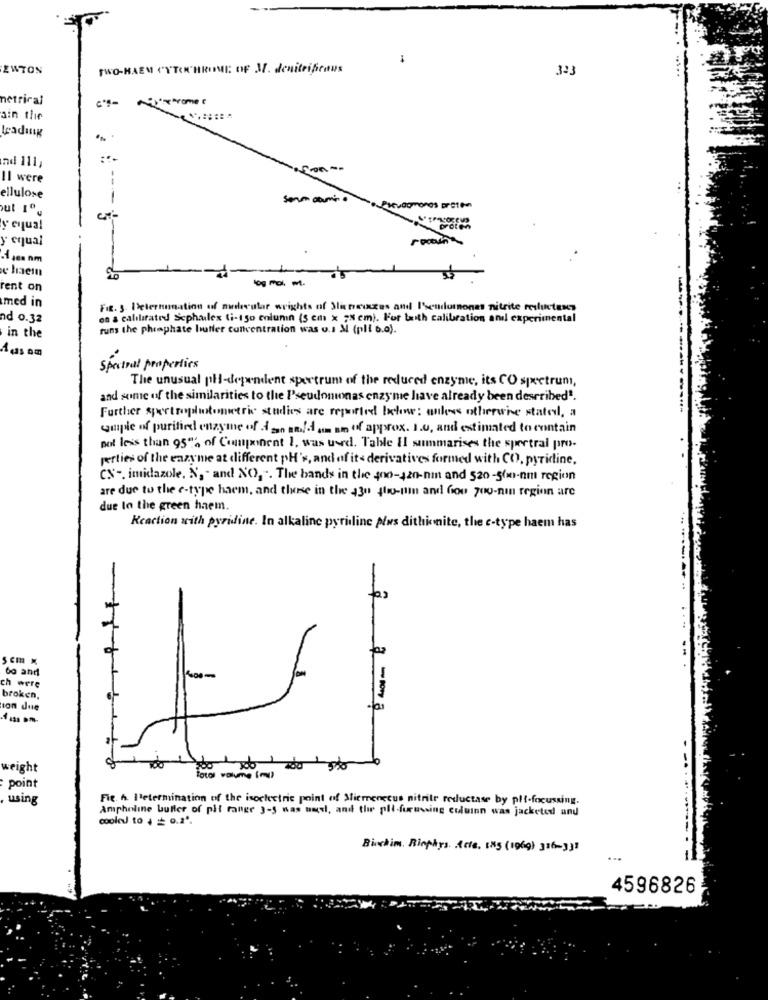
ZWTON
TWO-HAEM CYTEN HRUIME OF 3. denitrifrans
323
netrical
Chrome
ain the
Leading
nd 111,
Il were
--
ellulose
som damin.
ut 1º
y equal
y equal
Asen nm
e haein
ent on
med in
F.r. 3. Determination of audoutor wrights of Japanczas and I'sendomonas nitrite reductase
ad 0.32
on a calibrated Scphalex (i-150 column (5 cm x 28 cm). For taith calibration and experimental
runs the pheaphate buffer concentration was o.1 3 (pll 6.0).
in the
Spectral properties
The unusual phi-dependent spectrum of the reduced enzyme, its CO spectrum,
and some of the similarities to the Pseudomonas enzyme have already been described.
Further spectrophotometric studies are reported below: unless otherwise stated, a
emple of purified enzyme of d zo and am an off approx. 1.0, and estimated to contain
pol less than 95"2 of Component 1. was used. Table Il summarises the spectral pro-
perties of the enzyme at different pH's, and of its derivatives formed with CO, pyridine,
CS' -. imidazole, N, and NO), . The hands in the 400-420-nm and 520-56m-am region
are due to the e-type haem, and those in the $30 $ho-pin and Gou 700-nin region are
due In the green haem.
Reaction with pyridine. In alkaline pyridline plus dithionite, the e-type haem has
5 cm x
60 and
ch were
broken,
con due
weight
Total volume (ou)
point
using
Fie. h. l'etermination of the isoelectric point of Mierenecus nitrile reductase by plf-focussing.
Ampholine buffer of pit range 3-5 was umel, and the pil-furussing culuinn was jacketed and
coole to + = 0.2º.
---
Birchim. Rinphys. Acts. 185 (1969) 316-331
4596826